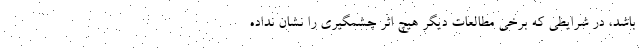
باشد، در شرایطی که برخی مطالعات دیگر هیچ اثر چشمگیری را نشان نداده